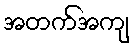
အတက်အကျ